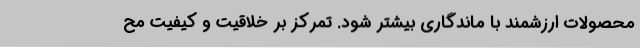
محصولات ارزشمند با ماندگاری بیشتر شود. تمرکز بر خلاقیت و کیفیت مح